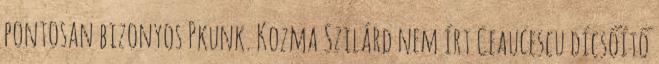
pontosan bizonyos Pkunk. Kozma Szilárd nem írt Ceaucescu dícsőítő